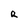
Character: R